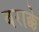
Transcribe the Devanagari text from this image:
बराक्के